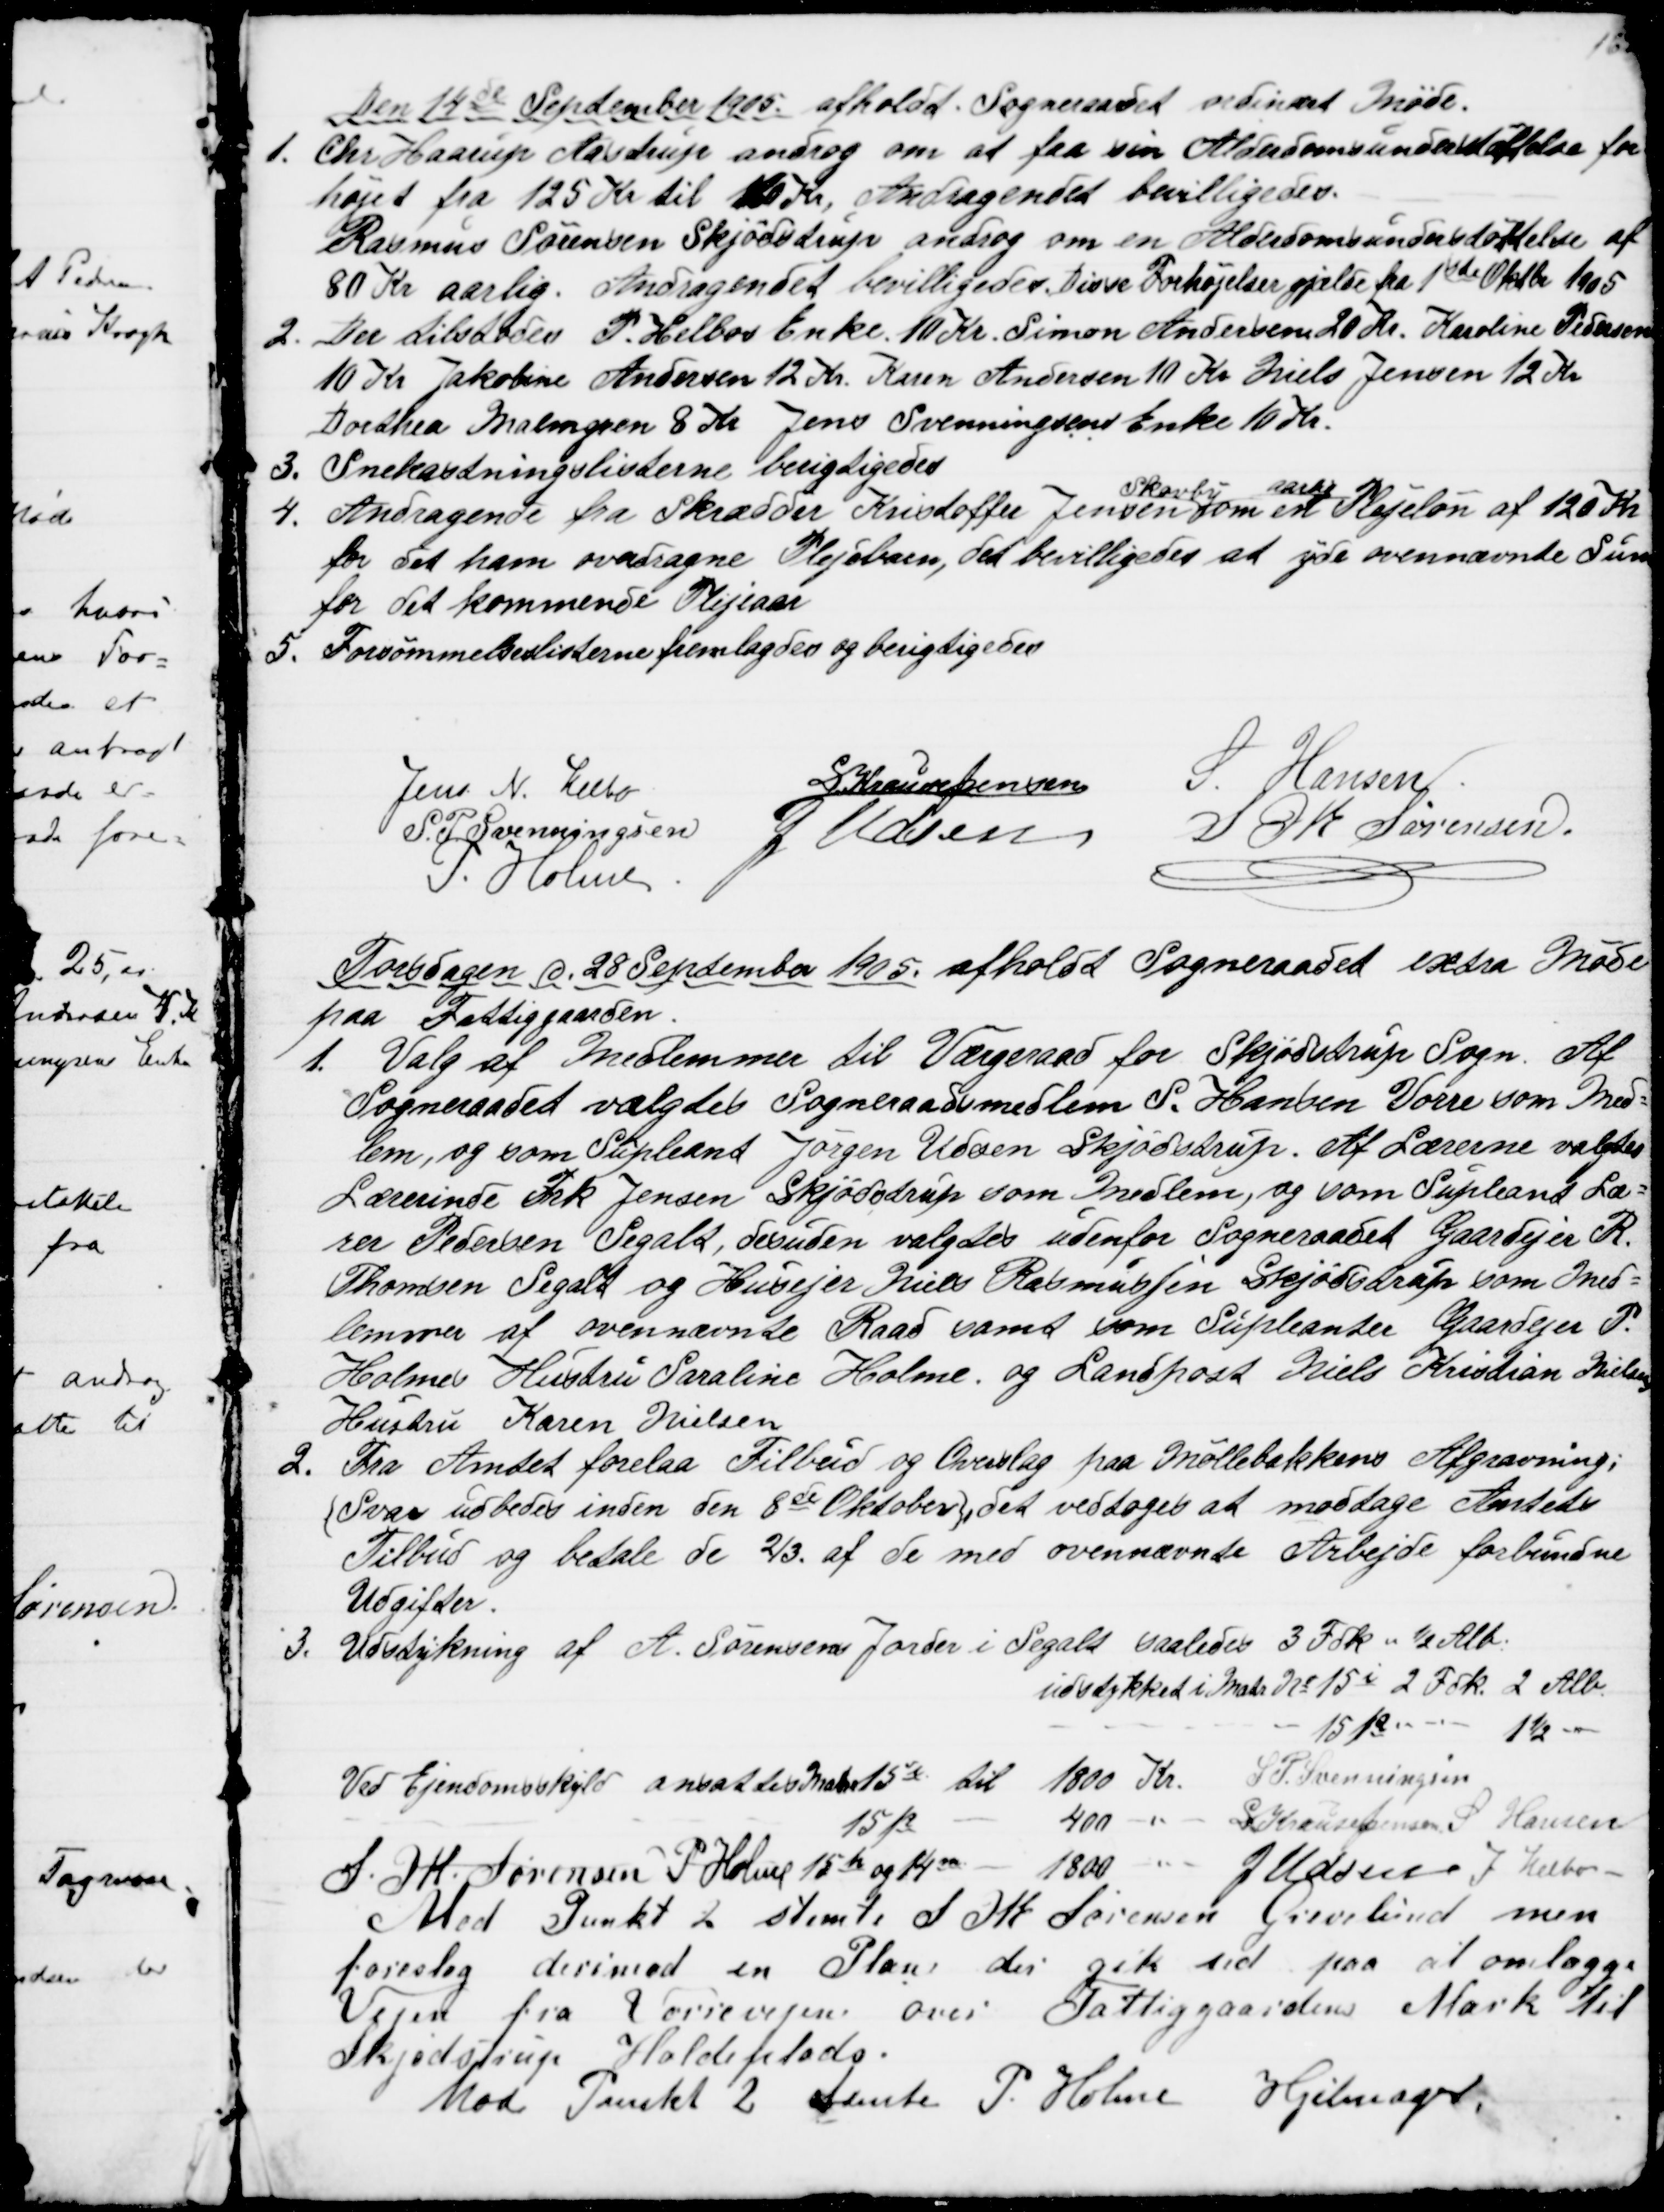
Transskription:
Den 19de September 1905 afholdt Sogneraadet ordinært Møde.
1.
Chr. Haarup Aastrup androg om at faa sin Alderdomsunderstøttelse for
højet fra 125 Kr til 160 Kr. Andragendet bevilligedes.
Rasmus Sørensen Skjødstrup androg om en Alderdomsunderstøttelse af
80 Kr aarlig. Andragendet bevilligedes. Disse Forhøjelser gjælde fra 1ste Oktbr 1905
2.
Der tilstodes P. Helbos Enke 10 Kr. Simon Andersen 20 Kr. Karoline Pedersen
10 Kr Jakobine Andersen 12 Kr. Karen Andersen 10 Kr Niels Jensen 12 Kr
Dorthea Malmgren 8 Kr. Jens Svenningsens Enke 10 Kr.
3.
Snekastningslisterne berigtigedes
4.
Andragende fra Skrædder Kristoffer Jensen 
Skovby
om en 
aarlig
Plejeløn af 120 Kr
for det ham overdragne Plejebarn, det bevilligedes at yde ovennævnte Sum
for det kommende Plejeaar.
5. Forsømmelseslisterne fremlagdes og berigtigedes
Jens N. Helbo
S Krause Jensen
S. Hansen
S. P. Svenningsen
J Udsen
S. M. Sørensen.
P. Holme
Torsdagen d. 28 September 1905. afholdt Sogneraadet extra Møde
paa Fattiggaarden.
1.
Valg af Medlemmer til Værgeraad for Skjødstrup Sogn. Af
Sogneraadet valgtes Sogneraadsmedlem S. Hansen Vorre som Med=
lem, og som Supleant Jørgen Udsen Skjødstrup. Af Lærerne valgtes
Lærerinde Frk Jensen Skjødstrup som Medlem, og som Supleant Læ=
rer Pedersen Segalt, desuden valgtes udenfor Sogneraadet Gaardejer R.
Thomsen Segalt og Husejer Niels Rasmussen Skjødstrup som Med=
lemmer at ovennævnte Raad samt som Supleanter Gaardejer P.
Holmes Hustru Saraline Holme og Landpost Niels Kristian Nielsens
Hustru Karen Nielsen
2.
Fra Amtet forelaa Tilbud og Overslag paa Møllebakkens Afgravning;
{Svar udbedes inden den 8de Oktober}, det vedtoges at modtage Amtets
Tilbud og betale de ⅔. af de med ovennævnte Arbejde forbundne
Udgifter.
3. Udstykning af A. Sørensens Jorder i Segalt saaledes 3 Fdk " ½ Alb.
udstykket i Matr. № 15i 2 Fdk. 2 Alb.
15p
1½
Ved Ejendomsskyld ansattes Matr № 15i til 1800 Kr.
S. P. Svenningsen
15p
400 
S Krause Jensen S Hansen
S. M. Sørensen P. Holme 15h og 14m - 1800
J Udsen J Helbo
Mod Punkt 2 stemte S M Sørensen Grevelund men
foreslog derimod en Plan, der gik ud paa at omlægge
Vejen fra Vorrevejen over Fattiggaardens Mark til
Skjødstrup Holdeplads.
Mod Punkt 2 stemte P. Holme Hjelmager,